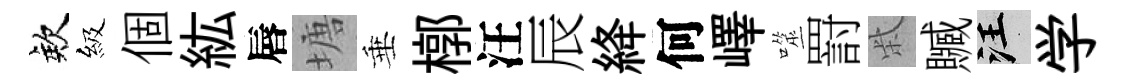
欸級個紘唇塘垂槨汪辰絳何嶧噬罸柴贓汪学